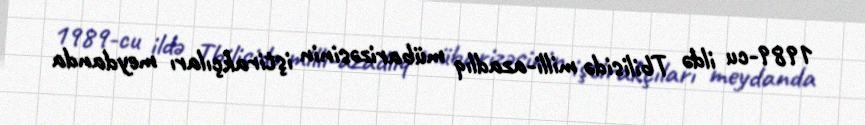
1989-cu ildə Tbilisidə milli-azadlıq mübarizəsinin iştirakçıları meydanda